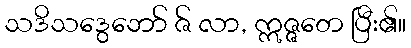
သဒိသဒွေဘော် ဇ် လာ, ဣဇ္ဇတေ ပြီး၏။